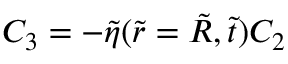
C _ { 3 } = - \tilde { \eta } ( \tilde { r } = \tilde { R } , \tilde { t } ) C _ { 2 }